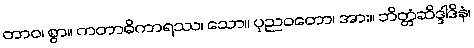
တာဝ၊ စွာ။ ကတာဓိကာရဿ၊ သော။ ပုညဝတော၊ အား။ ဘိတ္တံဆိဒ္ဒါဒိနံ၊